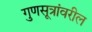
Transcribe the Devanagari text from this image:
गुणसूत्रांवरील